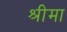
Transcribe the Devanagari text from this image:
श्रीमा